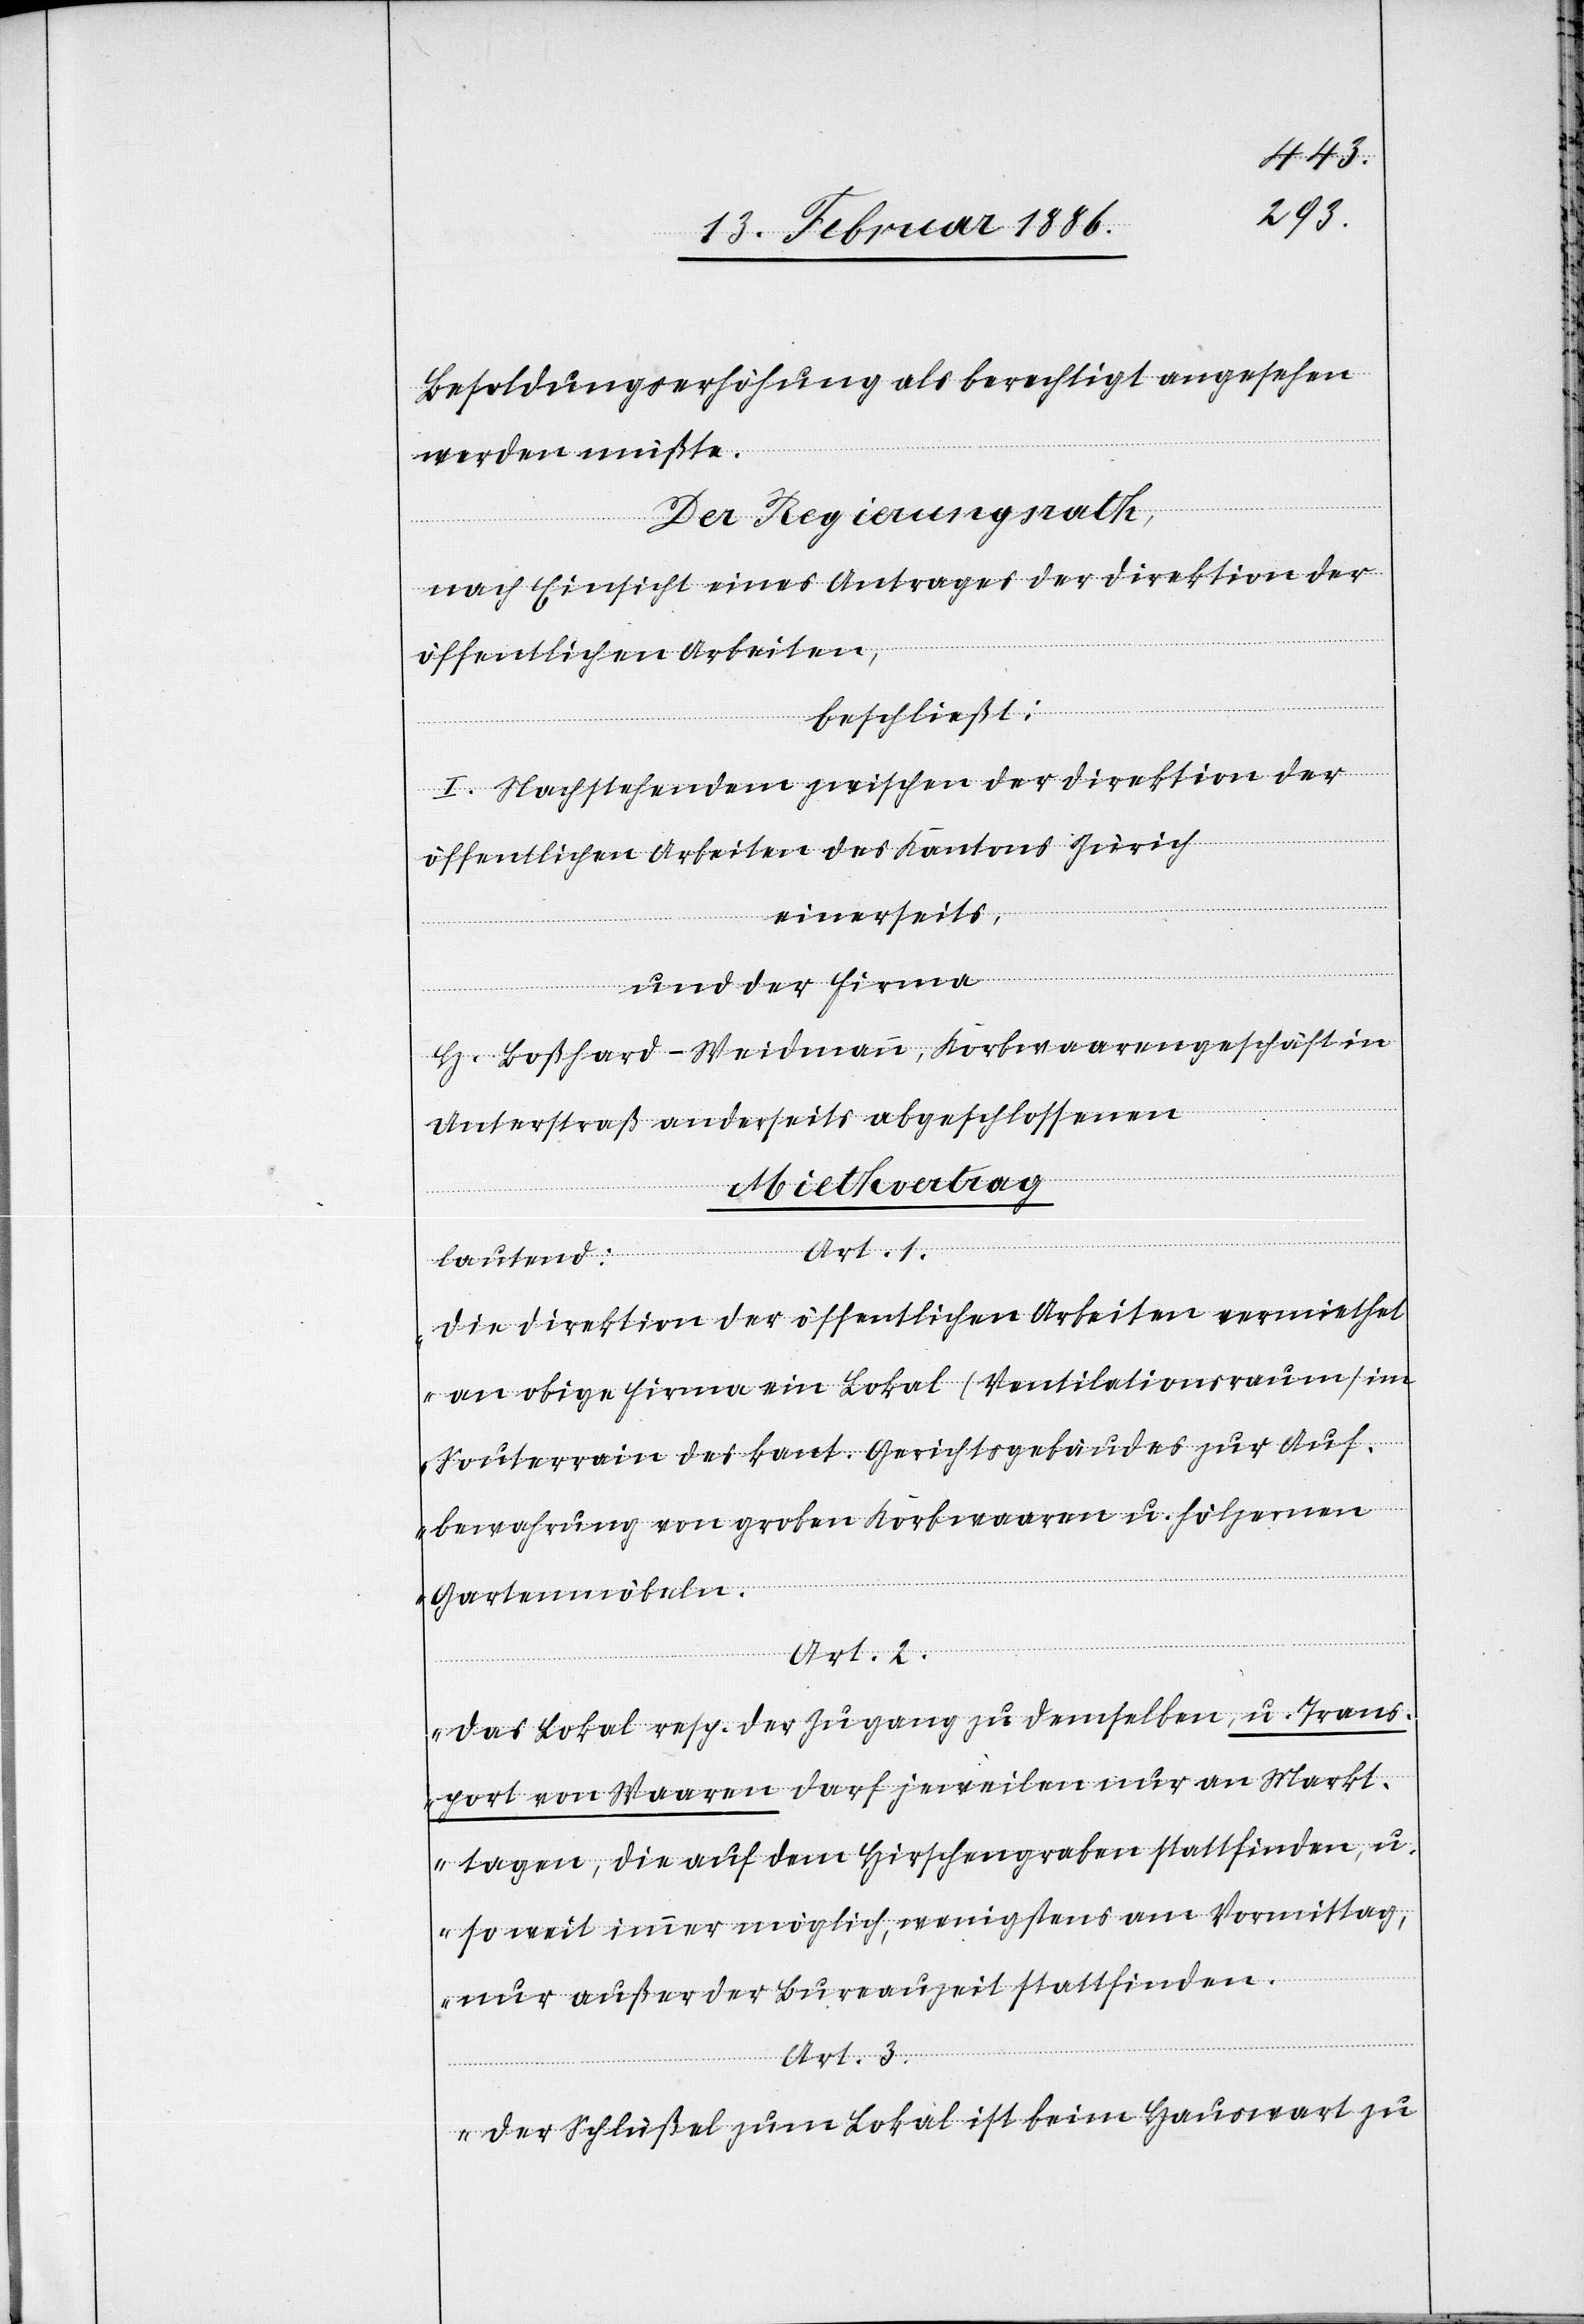
Besoldungserhöhung als berechtigt angesehen
werden mußte.
Der Regierungsrath,
nach Einsicht eines Antrages der Direktion der
öffentlichen Arbeiten,
beschließt:
I. Nachstehendem zwischen der Direktion der
öffentlichen Arbeiten des Kantons Zürich
einerseits,
und der Firma
H. Boßhard-Weidmann, Korbwaarengeschäft in
Unterstraß anderseits abgeschlossenen
Miethvertrag
Art. 1.
lautend:
„Die Direktion der öffentlichen Arbeiten vermiethet
an obige Firma ein Lokal (Ventilationsraum) im
Souterrain des kant. Gerichtsgebäudes zur Auf¬
bewahrung von groben Korbwaaren u. hölzernen
Gartenmöbeln.
Art. 2.
Das Lokal resp. der Zugang zu demselben, u. Trans¬
port von Waaren darf jeweilen nur an Markt¬
tagen, die auf dem Hirschengraben stattfinden, u.
so weit immer möglich, wenigstens am Vormittag,
nur außer der Bureauzeit stattfinden.
Art. 3.
Der Schlüßel zum Lokal ist beim Hauswart zu